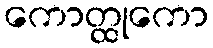
ကောတ္ထုကော